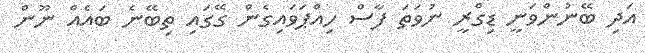
އަދި ބޭނުންވަނީ ޑިގްރީ ނުވަތަ ފާސް ހިއްޕަވައިގެން ގޭގައި ތިބޭނެ ބައެއް ނޫން